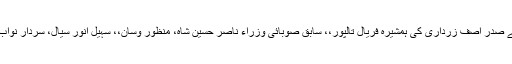
12 جون2018ء) سندھ ہائیکورٹ میں پیپلزپارٹی پارلیمنٹیرین کے صدر آصف زرداری کی ہمشیرہ فریال تالپور،، سابق صوبائی وزراء ناصر حسین شاہ، منظور وسان،، سہیل انور سیال، سردار نواب غیبی چانڈیو کے اقامے سے متعلق درخواستوں کی سماعت ہوئی۔